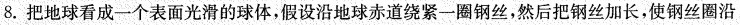
8.把地球看成一个表面光滑的球体，假设沿地球赤道绕紧一圈钢丝，然后把钢丝加长，使钢丝圈沿